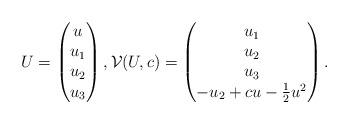
LaTeX: \begin{align*}U=\begin{pmatrix}u\\u_1\\u_2\\u_3\end{pmatrix},\mathcal V(U,c)=\begin{pmatrix}u_1\\u_2\\u_3\\-u_2+cu-\frac12 u^2\end{pmatrix}.\end{align*}